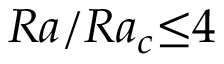
R a / R a _ { c } { \le } 4